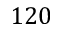
1 2 0